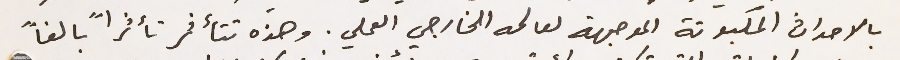
بالاحداث المكبوتة الموجهة لعالمه الخارجي العملي. وهذه تتأثر تأثراً بالغاً